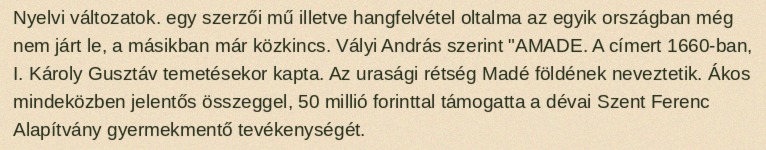
Nyelvi változatok. egy szerzői mű illetve hangfelvétel oltalma az egyik országban még nem járt le, a másikban már közkincs. Vályi András szerint "AMADE. A címert 1660-ban, I. Károly Gusztáv temetésekor kapta. Az urasági rétség Madé földének neveztetik. Ákos mindeközben jelentős összeggel, 50 millió forinttal támogatta a dévai Szent Ferenc Alapítvány gyermekmentő tevékenységét.